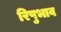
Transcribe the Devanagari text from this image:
रिपुभाव